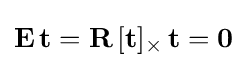
\mathbf {E} \,\mathbf {t} =\mathbf {R} \,[\mathbf {t} ]_{\times }\,\mathbf {t} =\mathbf {0}